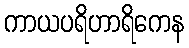
ကာယပရိဟာရိကေန